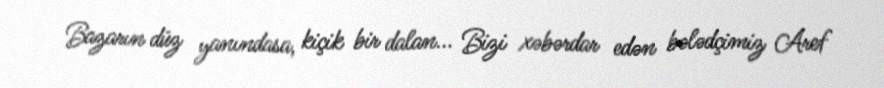
Bazarın düz yanındasa, kiçik bir dalan... Bizi xəbərdar edən bələdçimiz Aref